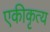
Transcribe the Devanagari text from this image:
एकीकृत्य